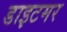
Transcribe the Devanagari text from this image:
डाइटमर